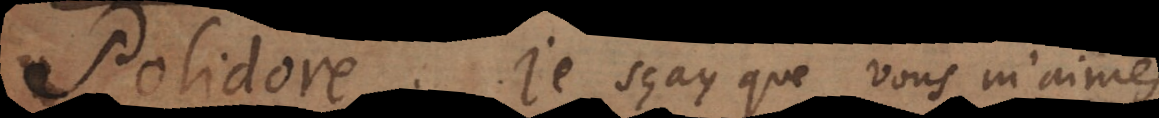
P. Je sçay que vous m’aimes